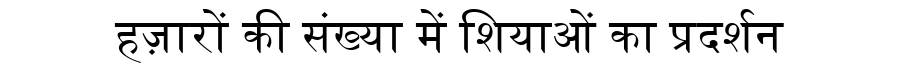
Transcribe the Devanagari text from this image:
हज़ारों की संख्या में शियाओं का प्रदर्शन